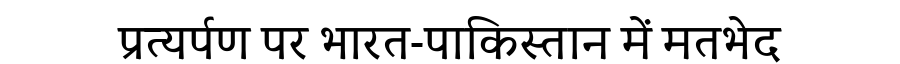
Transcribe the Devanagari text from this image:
प्रत्यर्पण पर भारत-पाकिस्तान में मतभेद